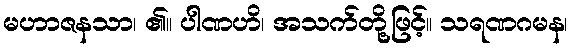
မဟာဇနသာ၊ ၏။ ပါဏဟိ၊ အသက်တို့ဖြင့်။ သရဏဂမန၊